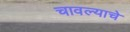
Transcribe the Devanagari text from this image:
चावल्याचे